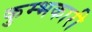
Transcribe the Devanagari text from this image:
कुम्भकारी